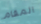
المقام